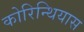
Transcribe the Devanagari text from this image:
कोरिन्थियास